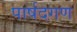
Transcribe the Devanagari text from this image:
पार्षदगण